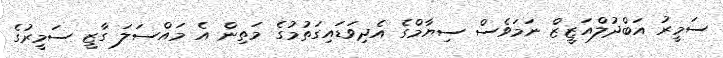
ސަމީރު އަބްދުލްއަޒީޒް ނަމަވެސް ސިޔާމްގެ އެދިވަޑައިގަތުމުގެ މަތިން އެ މައްސަލަ ގާޒީ ސަމީރުގެ